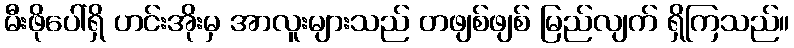
မီးဖိုပေါ်ရှိ ဟင်းအိုးမှ အာလူးများသည် တဖျစ်ဖျစ် မြည်လျက် ရှိကြသည်။